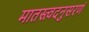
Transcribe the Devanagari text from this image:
मातस्त्वदनुसरणं